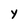
Character: Y